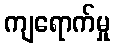
ကျရောက်မှု